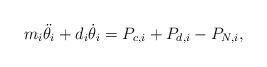
LaTeX: \begin{align*}m_i \ddot{\theta_i}+d_i\dot \theta_i = P_{c,i}+P_{d,i}-P_{N,i},\end{align*}